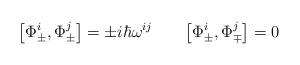
LaTeX: \begin{align*}\bigl[\Phi^{i}_{\pm},\Phi^{j}_{\pm}\bigr] = \pm i\hbar\omega^{ij}\qquad \bigl[\Phi^{i}_{\pm},\Phi^{j}_{\mp}\bigr] = 0 \end{align*}